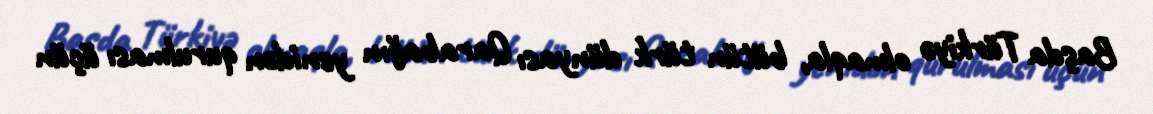
Başda Türkiyə olmaqla, bütün türk dünyası Qarabağın yenidən qurulması üçün